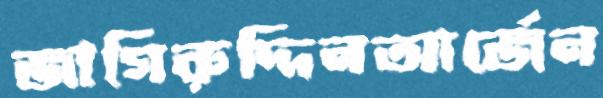
জাগিরুদ্দিনআর্জেন